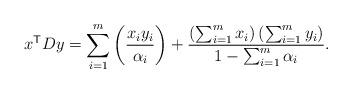
LaTeX: \begin{align*} x^{\mathsf T} D y=\sum_{i=1}^m \left( \frac{x_iy_i}{\alpha_i}\right) + \frac{\left(\sum_{i=1}^m x_i \right)\left(\sum_{i=1}^m y_i\right)}{1-\sum_{i=1}^m \alpha_i}.\end{align*}